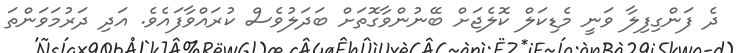
ދެ ފަންގިފިލާ ވަނީ މެޑިކަލް ކޮލެޖަށް ބޭނުންވާގޮތަށް ބަދަލުވެސް ކުރައްވާފައެވެ. އަދި ދަރުމަވަންތަ